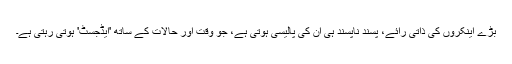
بڑے اینکروں کی ذاتی رائے، پسند ناپسند ہی ان کی پالیسی ہوتی ہے، جو وقت اور حالات کے ساتھ 'ایڈجسٹ' ہوتی رہتی ہے۔